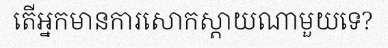
តើអ្នកមានការសោកស្តាយណាមួយទេ?